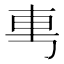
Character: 𰹉